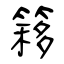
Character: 簃